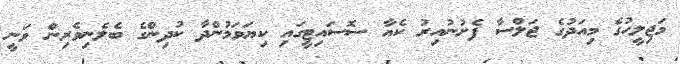
މަޖިލީހުގެ މިއަދުގެ ޖަލްސާ ފެށުނުއިރު ކެއާ ސޮސައިޓީގައި ކިޔަވަމުންދާ ކުދިންގެ ބެލެނިވެރިން ވަނީ